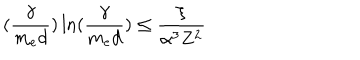
( \frac { \gamma } { m _ { e } d } ) \ln ( \frac { \gamma } { m _ { e } d } ) \leq \frac { \xi } { \alpha ^ { 3 } Z ^ { 2 } }